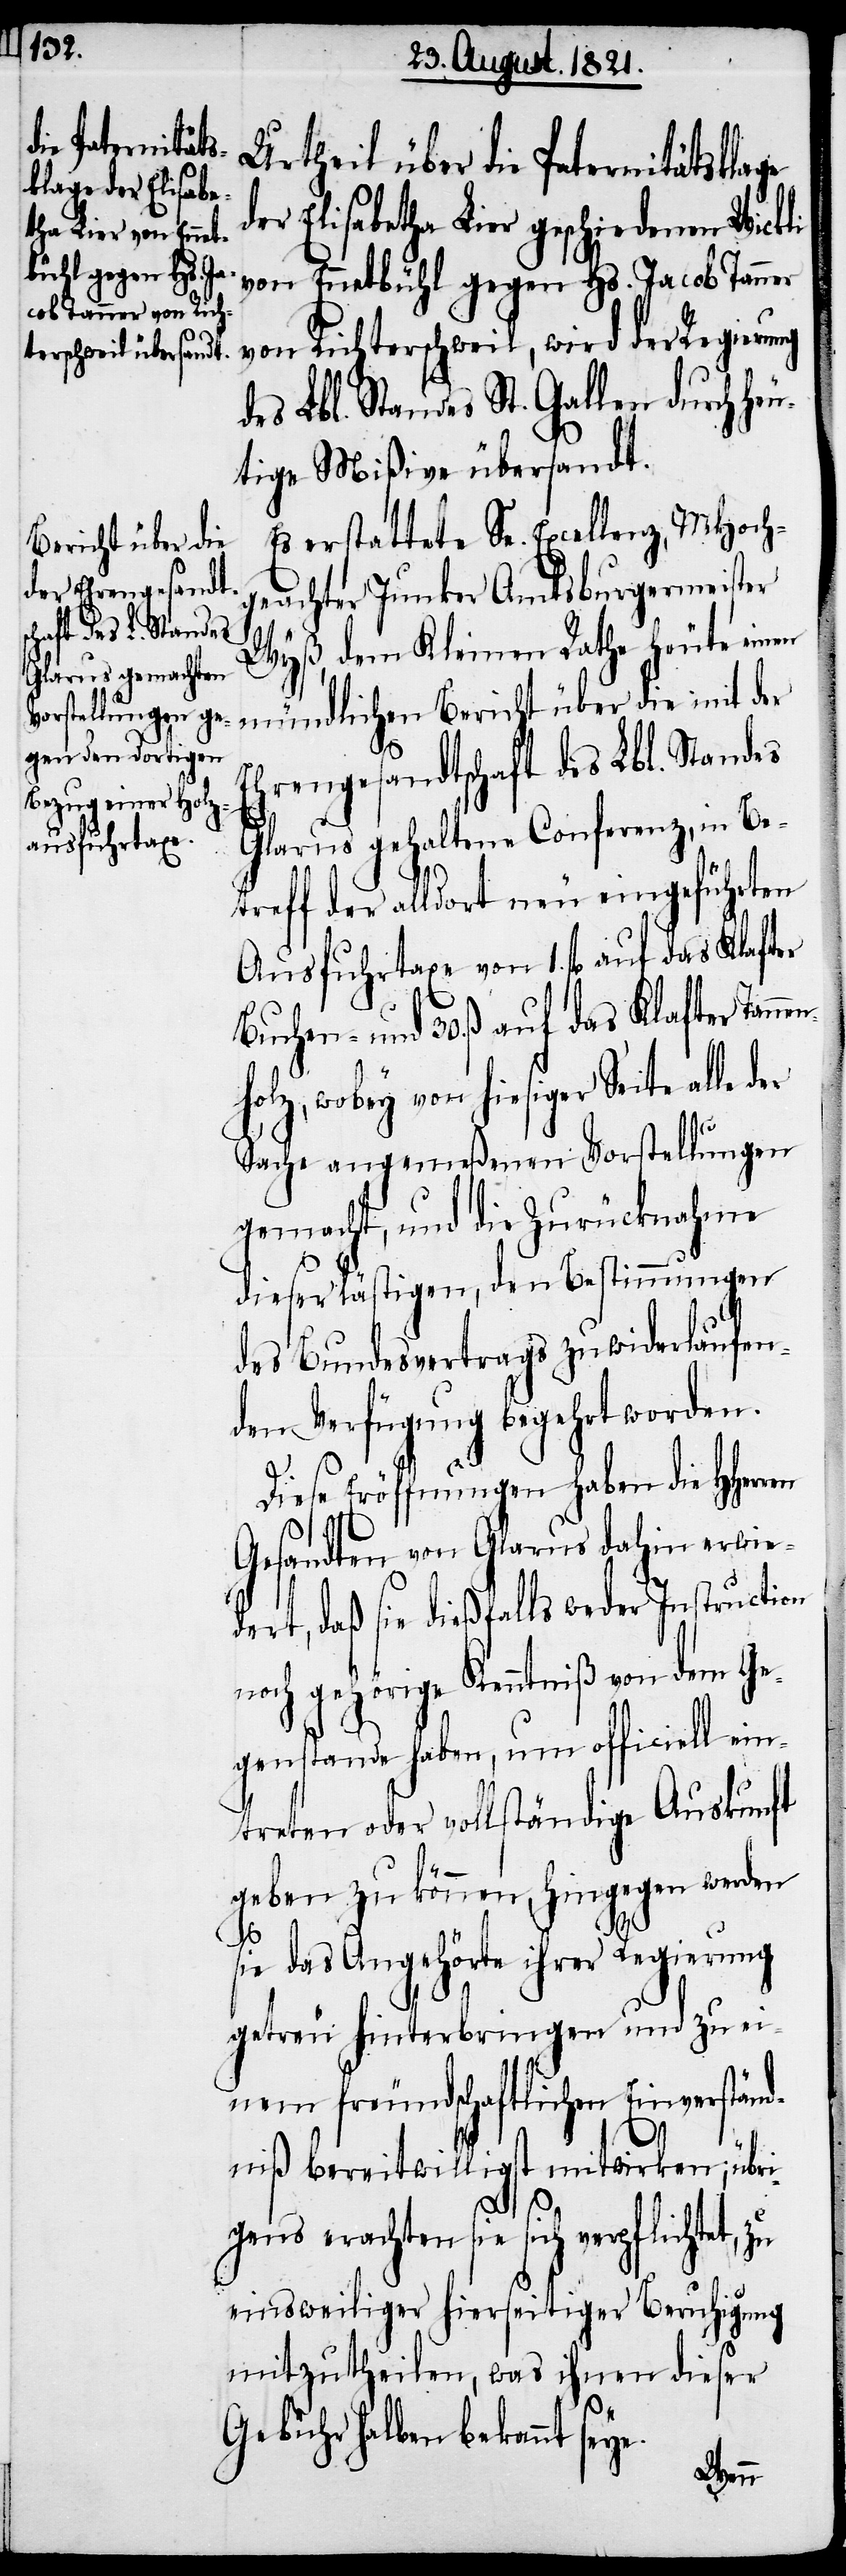
Urtheil über die Paternitätsklage
er Elisabetha Lier geschiedenen Wickli
von Ennetbühl gegen Hs. Jacob Tanner
von Richterschweil, wird der Regierung
des Lbl. Standes St. Gallen durch he¬
utige Mißive übersandt.
Es erstattete Se. Excellenz, MHochg¬
eachter Junker Amtsburgermeister
Wyß, dem Kleinen Rathe heute einen
mündlichen Bericht über die mit der
Ehrengesandtschaft des Lbl. Standes
Glarus gehaltene Conferenz, in Be¬
treff der alldort neu eingeführten
Ausfuhrtaxe von 1. fl. auf das Klafter
Holz, wobey von hiesiger Seite alle
Sache angemeßenen Vorstellungen
gemacht, und die Zurücknahme
dieser lästigen, den Bestimmungen
des Bundesvertrags zuwiderlaufen¬
den Verfügung begehrt worden.
Diese Eröffnung haben die HHerren
Gesandten von Glarus dahin erwied¬
ert, daß sie dießfalls weder Instruction
noch gehörige Kenntniß von dem Ge¬
genstande haben, um officiell ein¬
treten oder vollständige Auskunft
geben zu können, hingegen werden
e.
s¬
ie das Angehörte ihrer Regierung
getreu hinterbringen und zu ei¬
nem freundschaftlichen Einverständ¬
niß bereitwilligst mitwirken; übri¬
gens erachten sie sich verpflichtet,
einsweiliger hierseitiger Beruhigung
mitzutheilen, was ihnen dieser
Gebühr halben bekannt sey¬